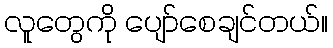
လူတွေကို ပျော်စေချင်တယ်။